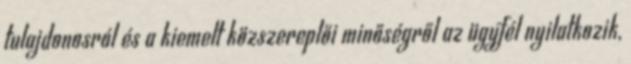
tulajdonosról és a kiemelt közszereplői minőségről az ügyfél nyilatkozik,